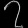
Digit: ၇